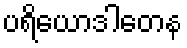
ပရိယောဒါတေန